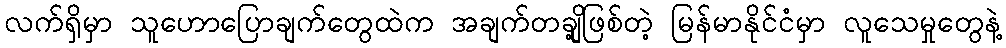
လက်ရှိမှာ သူဟောပြောချက်တွေထဲက အချက်တချို့ဖြစ်တဲ့ မြန်မာနိုင်ငံမှာ လူသေမှုတွေနဲ့